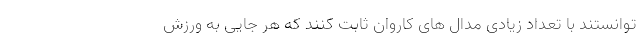
توانستند با تعداد زیادی مدال های کاروان ثابت کنند که هر جایی به ورزش